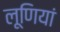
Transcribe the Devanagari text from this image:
लूणियां